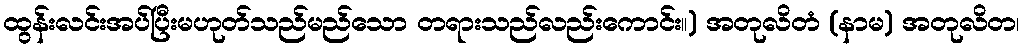
ထွန်းလင်းအပ်ပြီးမဟုတ်သည်မည်သော တရားသည်လည်းကောင်း။) အတုလိတံ (နာမ) အတုလိတ၊